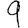
Digit: 9